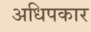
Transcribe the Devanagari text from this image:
अधिपकार